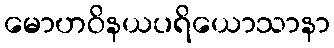
မောဟဝိနယပရိယောသာနာ